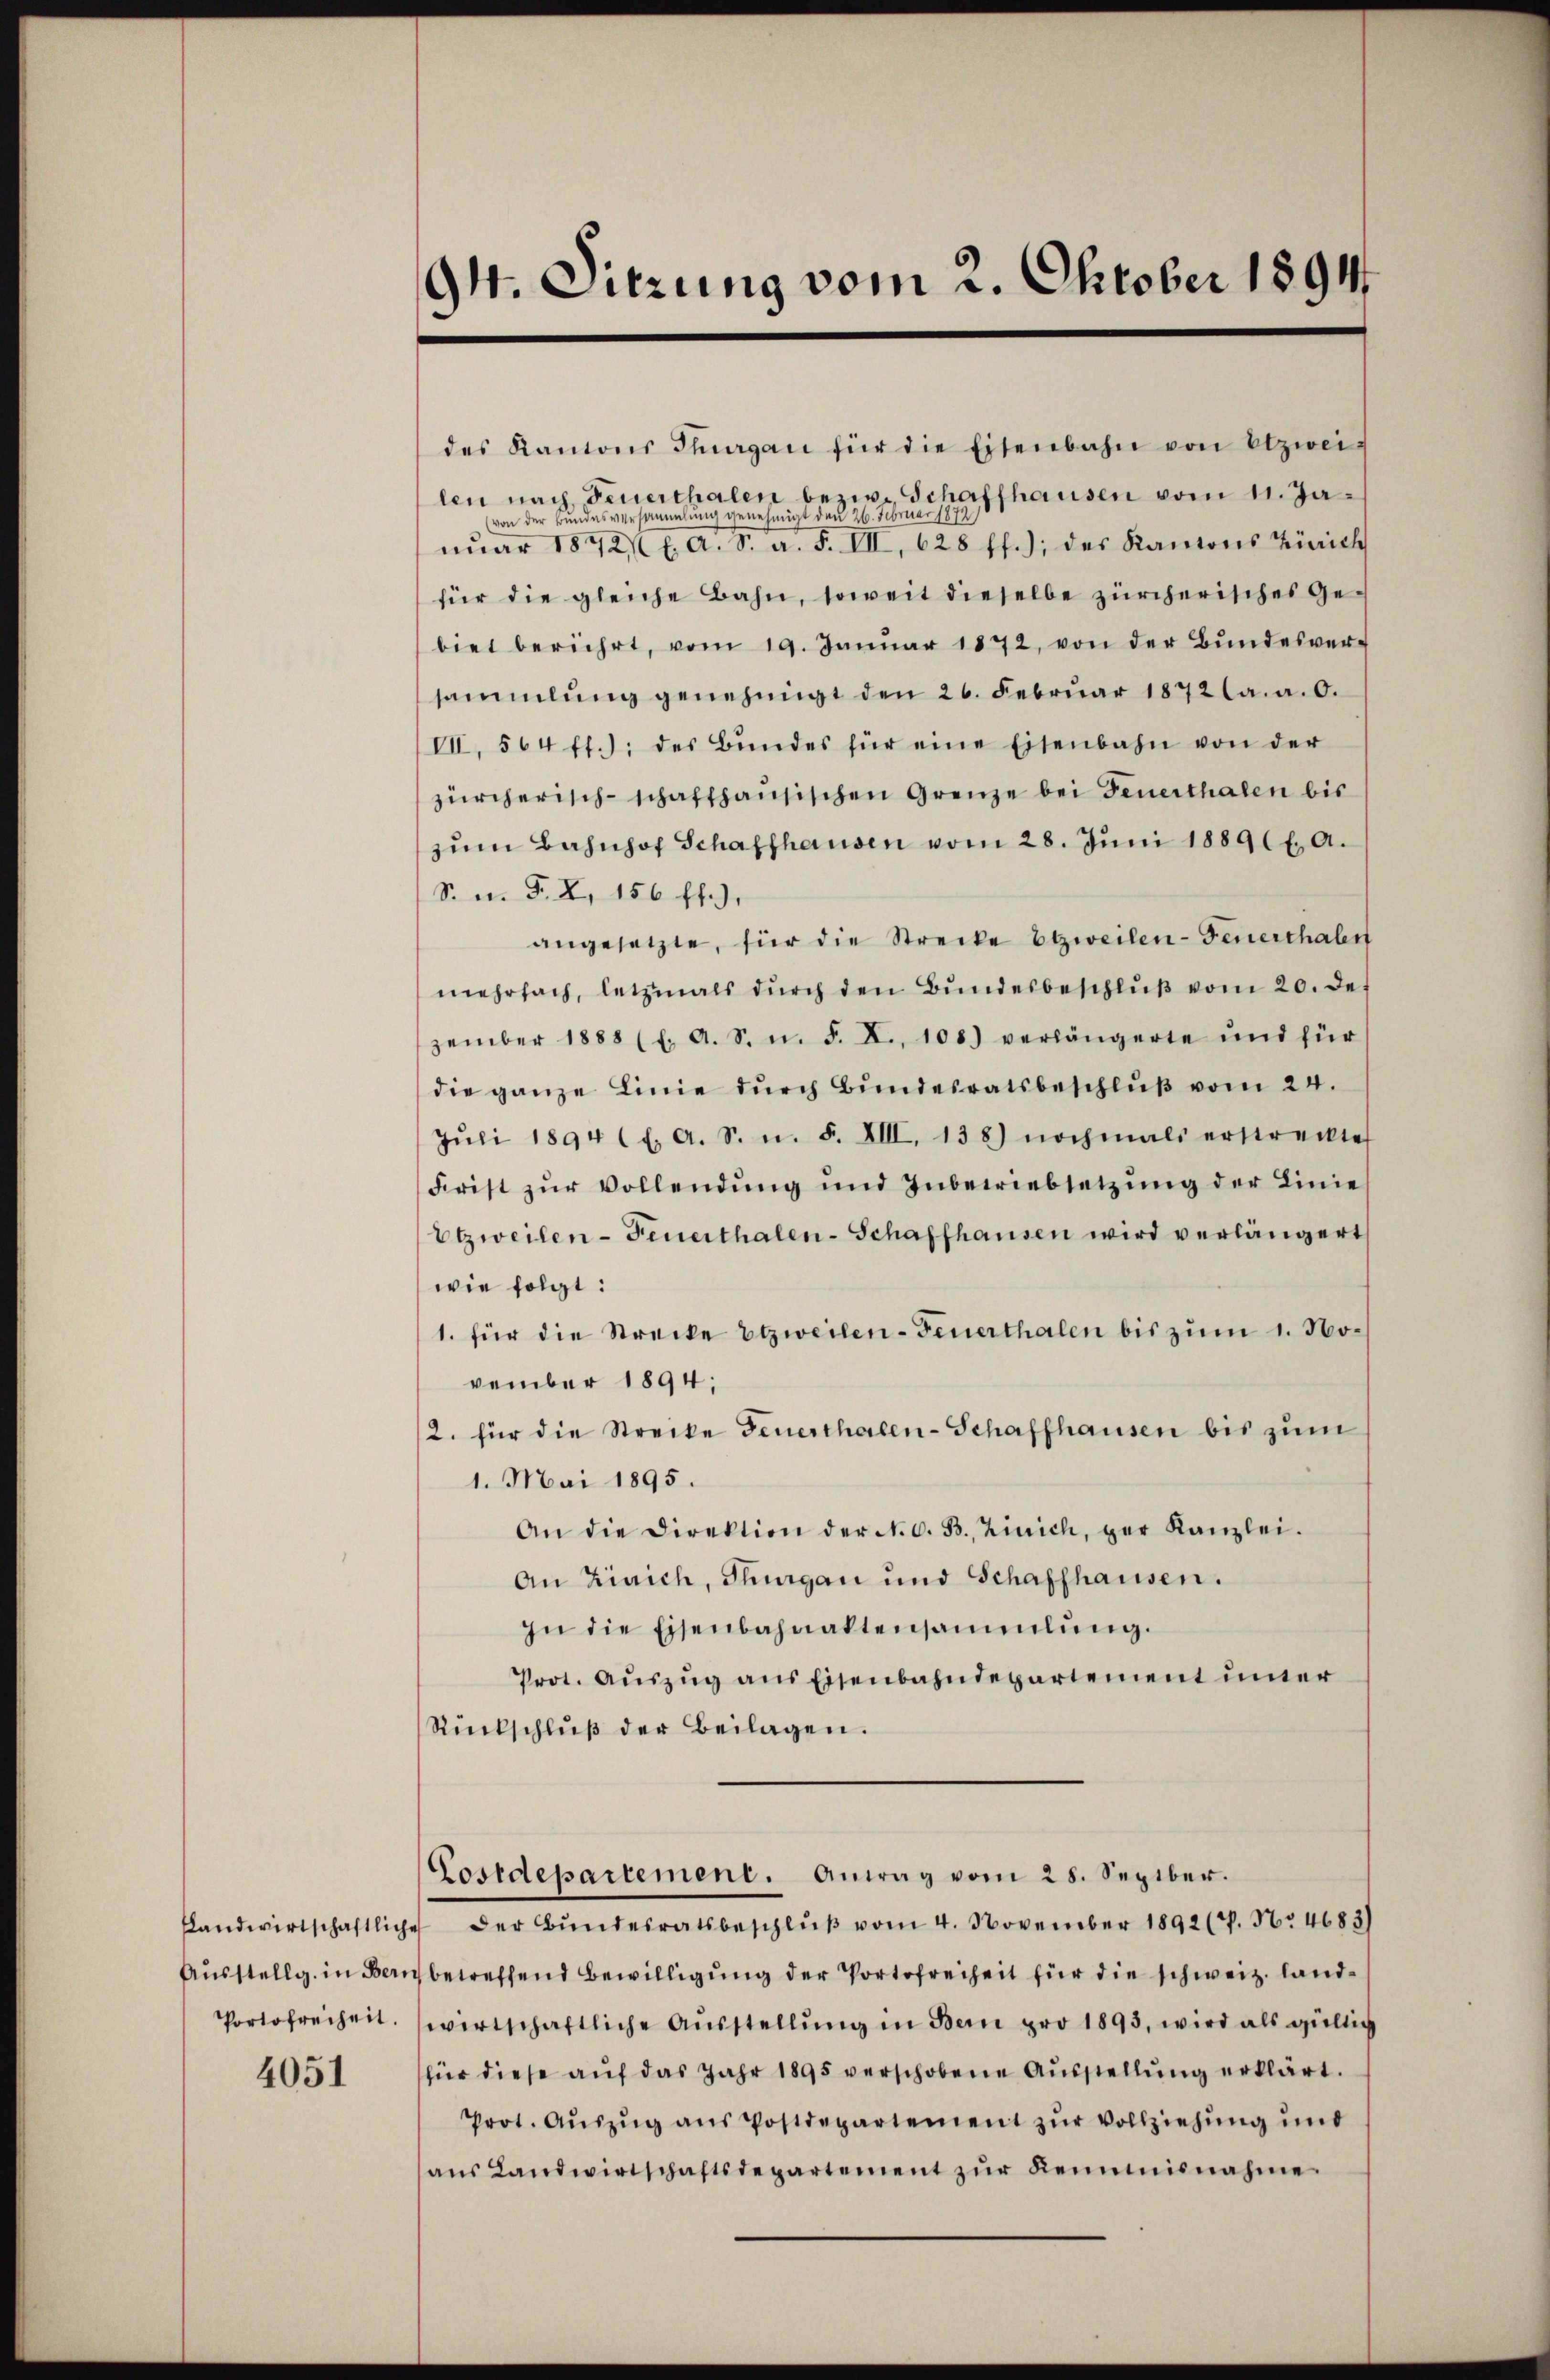
slandwirtschaftlich
Ausstellg. in Beri
Portofreiheit.

4051

9. Sitzung vom 2. Oktober 1894.

des Kantons Thurgau für die Eisenbahn von Etzweilen nach Feuerthalen bezw. Schaffhausen vom 11. Javon der Bundesversammlung genehmigt den 26. Februar 1872
nuar 1872 f. A. S. a. F. III 628 ff.); des Kantons Zürich
für die gleiche Bahn, soweit dieselbe zürcherisches Gebiet berührt, vom 19. Janŭar 1872, von der Bŭndesver-
sammlung genehmigt den 26. Februar 1872 a. a. 0.
VII., 564 ff.); des Bŭndes für eine Eisenbahn von der
zürcherisch-schaffhausischen Grenze bei Feuerthalen bis
zŭm Bahnhof Schaffhausen vom 28. Juni 18891. A.
S. n. F. X. 156 ff.).
angesetzte, für die Strecke bezweilen-Feuerthalen
mehrfach, letzmals durch den Bundesbeschlŭβ vom 20. de
zember 1888 (l. A. S. n. F. X., 108.) verlängerte und für
die ganze Linie durch Bundesratsbeschluß vom 24.
Jŭli 1894 (E. A. S. u. F. XIII, 138) nochmals erstreckte
Frist zŭr Vollendŭng und Inbetriebsetzŭng der Linie
Etzweilen-Feuerthalen-Schaffhausen wird verlängert
wie folgt:
1. für die Strecke Etzweilen-Feuerthalen bis zum 1. November 1894;
2. für die Strecke Feuerthalen-Schaffhausen bis zum
1. Mai 1895.
An die Direktion der N. O. B. Zürich, ger Kanzlei.
An Zürich, Thurgau und Schaffhausen.
In die Eisenbahnaktensammlung.
Prot. Aŭszŭg ans Eisenbahndepartement inner
Rückschlŭβ der Beilagen.

Lostdepartement. Antag vom 28. Sepiber.

" der Bŭndesratsbeschlŭβ vom 4. November 1892 (P. Nr. 4683)
betreffend Bewilligung der Portofreiheit für die schweiz. landwirtschaftliche Aŭsstellŭng in Bern pro 1893, wird als gültig
sfür diese auf das Jahr 1895 verschobene Ausstellung erklärt.
Prot. Aŭszŭg ans Postdepartement zŭr Vollziehŭng und
ans Landwirtschaftsdepartement zŭr Renumisnahme